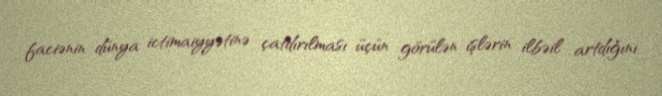
faciənin dünya ictimaiyyətinə çatdırılması üçün görülən işlərin ilbəil artdığını